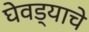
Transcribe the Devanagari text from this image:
घेवड्याचे